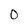
Character: 0